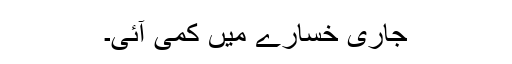
جاری خسارے میں کمی آئی۔